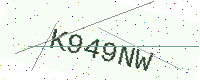
Text: K949NW